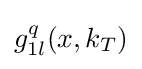
g_{1l}^{q}(x,k_{T})